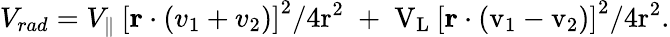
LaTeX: V_{rad}=V_{\| }\: \left[\mathbf r\cdot\left(v_{\mathrm{1}}+v_{\mathrm{2}}\right)\right]^{\mathrm{2}}/4\mathrm{r^{2}\; +\; V_{L}\: \left[\mathbf r\cdot\left(v_{\mathrm{1}}-v_{\mathrm{2}}\right)\right]^{\mathrm{2}}/4\mathrm{r^{2}.}}